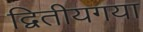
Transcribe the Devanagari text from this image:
द्वितीयगया